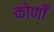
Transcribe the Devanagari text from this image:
कोणोँ